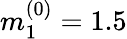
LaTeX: m_{1}^{(0)}=1.5